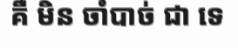
គឺ មិន ចាំបាច់ ជា ទេ